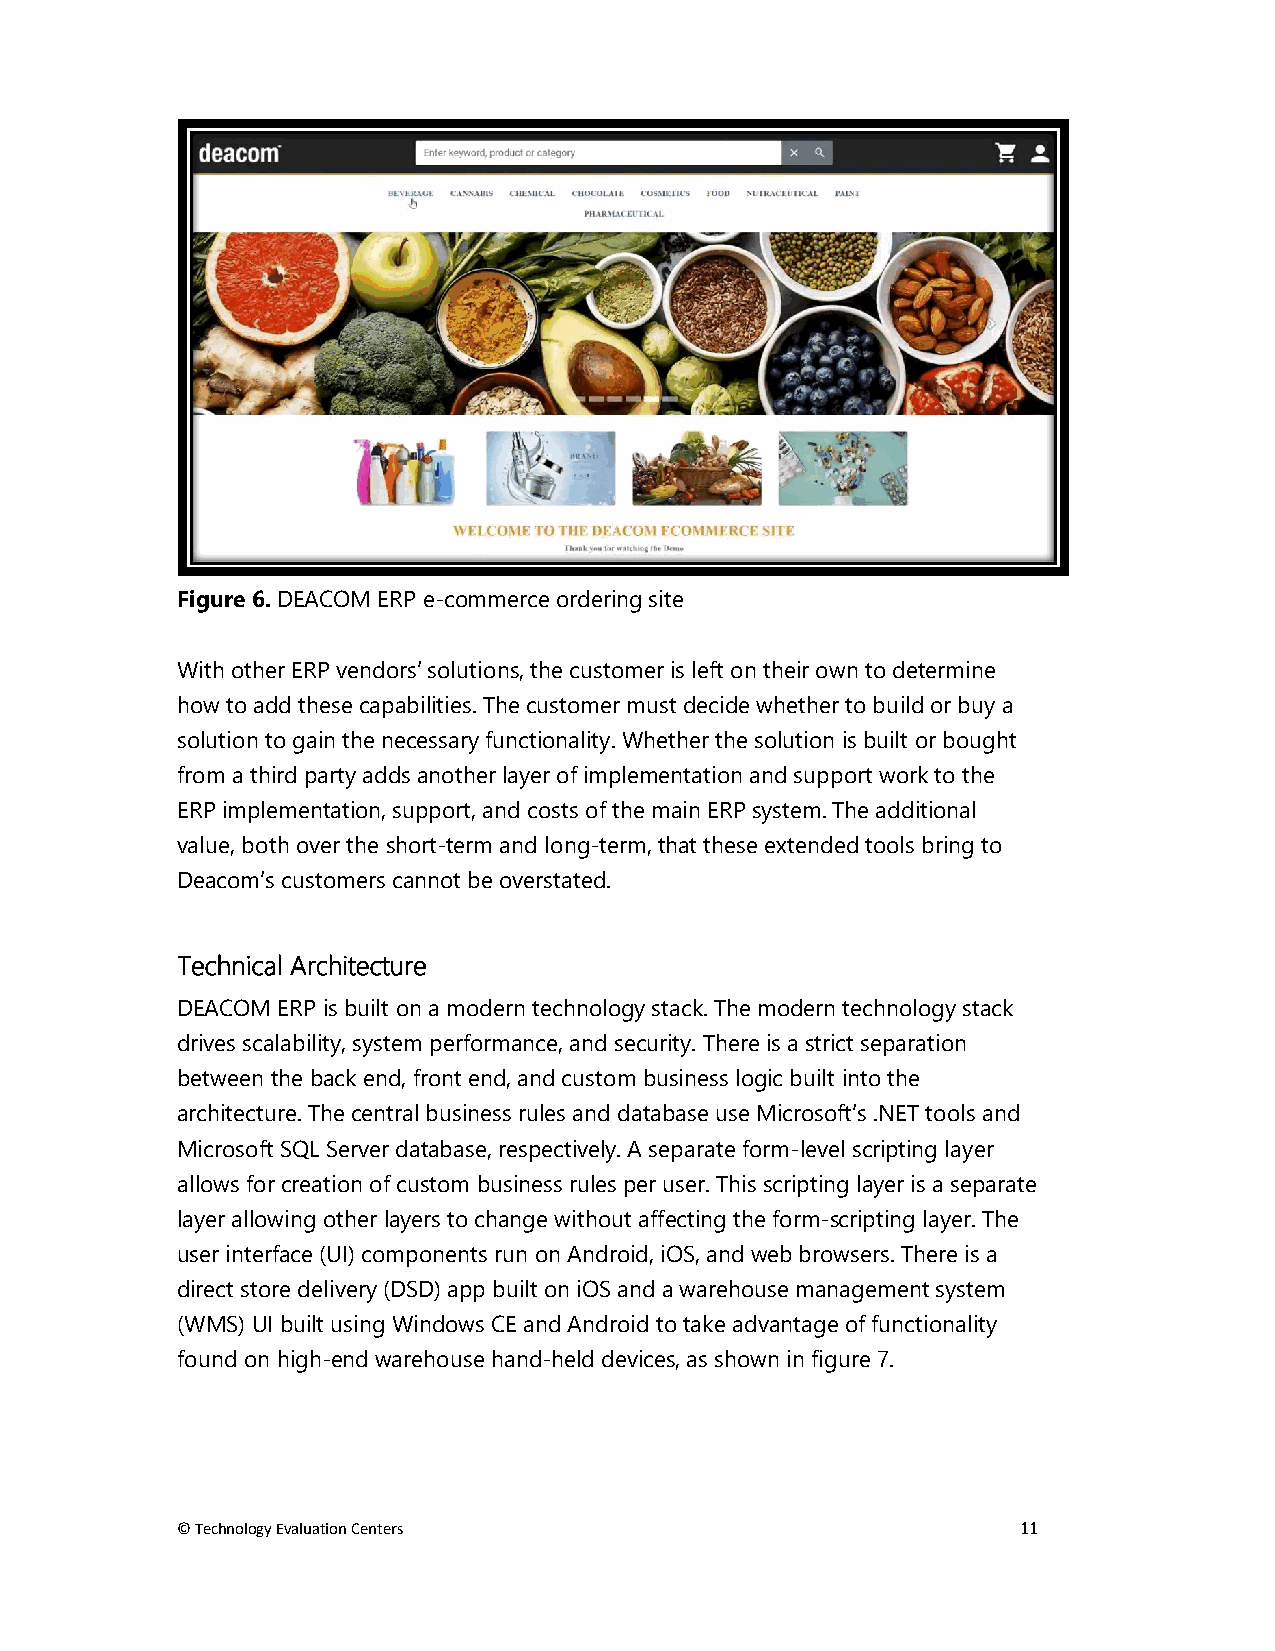
Figure 6. DEACOM ERP e-commerce ordering site
 With other ERP vendors’ solutions, the customer is left on their own to determine
 how to add these capabilities. The customer must decide whether to build or buy a
 solution to gain the necessary functionality. Whether the solution is built or bought
 from a third party adds another layer of implementation and support work to the
 ERP implementation, support, and costs of the main ERP system. The additional
 value, both over the short-term and long-term, that these extended tools bring to
 Deacom’s customers cannot be overstated.
 Technical Architecture
 DEACOM ERP is built on a modern technology stack. The modern technology stack
 drives scalability, system performance, and security. There is a strict separation
 between the back end, front end, and custom business logic built into the
 architecture. The central business rules and database use Microsoft’s .NET tools and
 Microsoft SQL Server database, respectively. A separate form-level scripting layer
 allows for creation of custom business rules per user. This scripting layer is a separate
 layer allowing other layers to change without affecting the form-scripting layer. The
 user interface (UI) components run on Android, iOS, and web browsers. There is a
 direct store delivery (DSD) app built on iOS and a warehouse management system
 (WMS) UI built using Windows CE and Android to take advantage of functionality
 found on high-end warehouse hand-held devices, as shown in figure 7.
 © Technology Evaluation Centers                         11